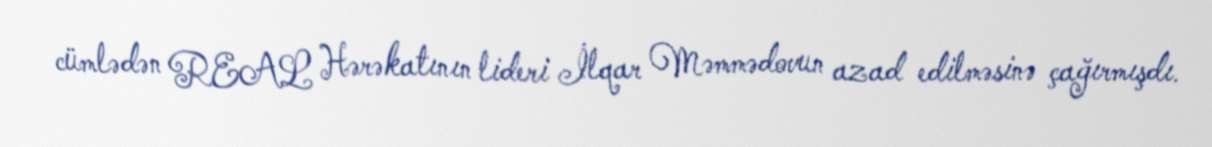
cümlədən REAL Hərəkatının lideri İlqar Məmmədovun azad edilməsinə çağırmışdı.